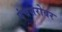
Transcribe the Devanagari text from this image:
पंचसरोवर